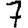
Digit: 7